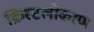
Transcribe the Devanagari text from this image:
क्रिस्टलोकरण